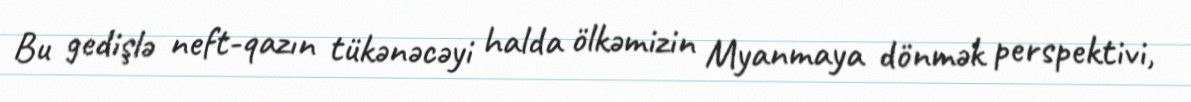
Bu gedişlə neft-qazın tükənəcəyi halda ölkəmizin Myanmaya dönmək perspektivi,